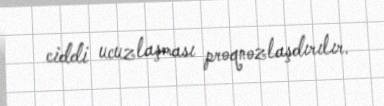
ciddi ucuzlaşması proqnozlaşdırılır.